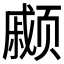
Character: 𫖹